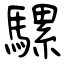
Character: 騾